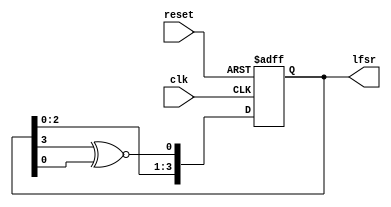
// This program was cloned from: https://github.com/FPGADude/Digital-Design
// License: GNU General Public License v3.0

`timescale 1ns / 1ps

// 4-bit Linear Feedback Shift Register LFSR
// XNOR version - reset to 0000
// *For XOR version - begin lfsr reg at 4'b1111 - reset to 1111

module lfsr4(
    input clk,
    input reset,
    output reg [3:0] lfsr = 4'b0
    );
    
    always @(posedge clk or posedge reset)
        if(reset)
            lfsr <= 4'b0;
        else begin
            lfsr[3:1] <= lfsr[2:0];
            lfsr[0] <= lfsr[3] ~^ lfsr[0];
        end
       
endmodule